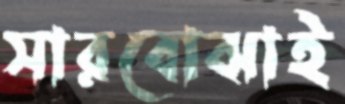
সারবোঝাই